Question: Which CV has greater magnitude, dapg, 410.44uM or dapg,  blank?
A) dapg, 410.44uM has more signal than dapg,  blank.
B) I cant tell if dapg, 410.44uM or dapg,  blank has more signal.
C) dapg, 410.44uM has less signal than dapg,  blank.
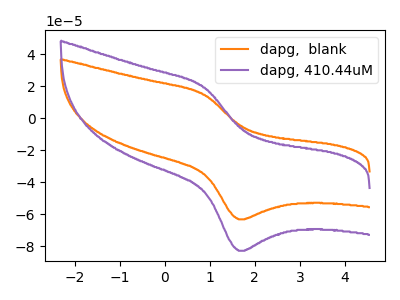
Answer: <think>The orange curve "dapg,  blank" has an anodic peak at (0.90V, 14.60uA) and a cathodic peak at (1.65V, -63.15uA). The purple curve "dapg, 410.44uM" has an anodic peak at (0.90V, 19.10uA) and a cathodic peak at (1.65V, -82.75uA).
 All the peaks in "dapg, 410.44uM" have a peak in "dapg,  blank" at the same potential. Every peak in "dapg, 410.44uM" is higher than every peak in "dapg,  blank".</think>
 <answer>A) "dapg, 410.44uM" has more signal than "dapg,  blank".</answer>
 <eval>A</eval>